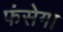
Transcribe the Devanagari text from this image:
फंसेगा